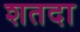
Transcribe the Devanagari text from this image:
शतदा